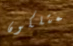
يمتلكون